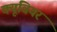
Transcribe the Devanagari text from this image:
क्यूवियर